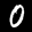
Label: 0